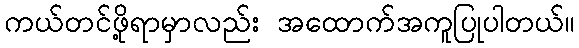
ကယ်တင်ဖို့ရာမှာလည်း အထောက်အကူပြုပါတယ်။